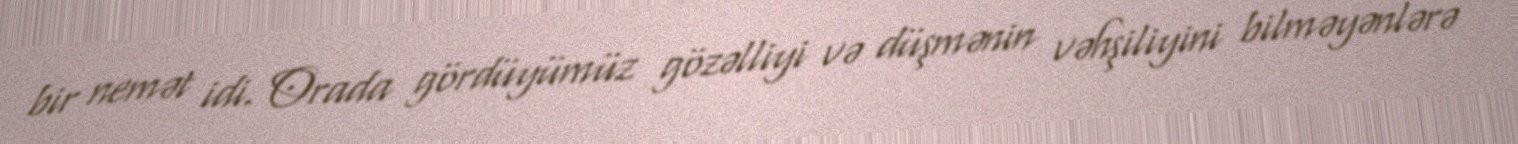
bir nemət idi. Orada gördüyümüz gözəlliyi və düşmənin vəhşiliyini bilməyənlərə